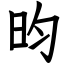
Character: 昀